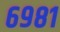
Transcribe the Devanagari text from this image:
६९८१